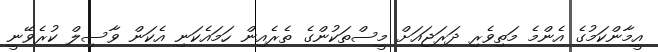
އީމާންކަމުގެ އެންމެ މަތިވެރި ދަރަޖައަށް މީސްތަކުންގެ ތެރެއިން ހަމައެކަނި އެކަން ވާސިލް ކުރެވޭނީ